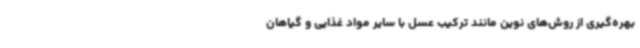
بهره‌گیری از روش‌های نوین مانند ترکیب عسل با سایر مواد غذایی و گیاهان